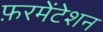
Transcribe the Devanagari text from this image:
फ़रमेंटेशन